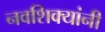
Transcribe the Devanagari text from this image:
नवशिक्यांनी